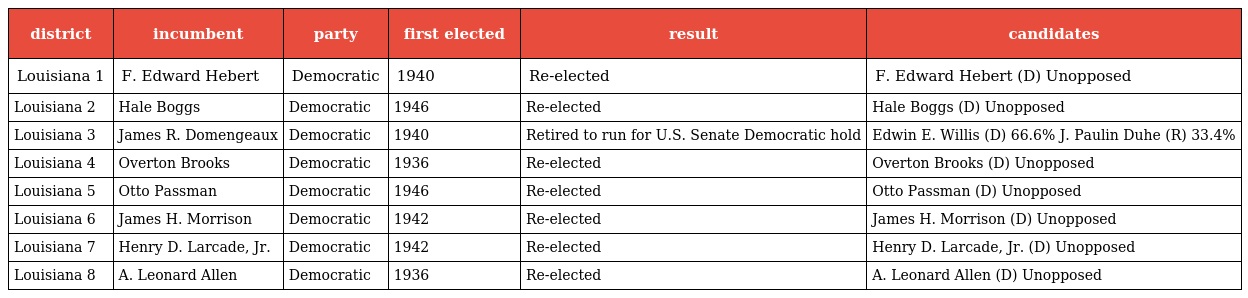
| district | incumbent | party | first elected | result | candidates |
 | --- | --- | --- | --- | --- | --- |
 | Louisiana 1 | F. Edward Hebert | Democratic | 1940 | Re-elected | F. Edward Hebert (D) Unopposed |
 | Louisiana 2 | Hale Boggs | Democratic | 1946 | Re-elected | Hale Boggs (D) Unopposed |
 | Louisiana 3 | James R. Domengeaux | Democratic | 1940 | Retired to run for U.S. Senate Democratic hold | Edwin E. Willis (D) 66.6% J. Paulin Duhe (R) 33.4% |
 | Louisiana 4 | Overton Brooks | Democratic | 1936 | Re-elected | Overton Brooks (D) Unopposed |
 | Louisiana 5 | Otto Passman | Democratic | 1946 | Re-elected | Otto Passman (D) Unopposed |
 | Louisiana 6 | James H. Morrison | Democratic | 1942 | Re-elected | James H. Morrison (D) Unopposed |
 | Louisiana 7 | Henry D. Larcade, Jr. | Democratic | 1942 | Re-elected | Henry D. Larcade, Jr. (D) Unopposed |
 | Louisiana 8 | A. Leonard Allen | Democratic | 1936 | Re-elected | A. Leonard Allen (D) Unopposed |